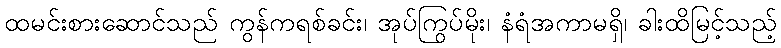
ထမင်းစားဆောင်သည် ကွန်ကရစ်ခင်း၊ အုပ်ကြွပ်မိုး၊ နံရံအကာမရှိ၊ ခါးထိမြင့်သည့်